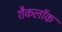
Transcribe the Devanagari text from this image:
शैकलॉक